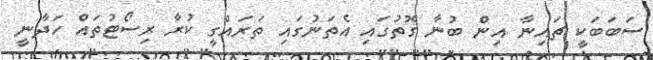
ސަބަބަކީ ޗައިނާ އިން ބުނާ ގޮތުގައި އެތަނުގައި ތަރައްގީ ކުރާ ރިސޯޓުތައް ހަދާނީ